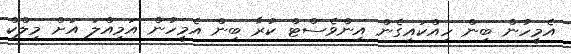
އެމީހުން ބިން ހިއްކައިގެން އިންވެސްޓް ކުރާ ބިން އެމީހުން އަމިއްލަ އަށް މިލްކް